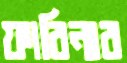
ফারিনার